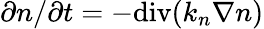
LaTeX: \partial n/\partial t=-\mathrm{div}(k_{n}\nabla n)